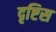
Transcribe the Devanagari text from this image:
दृष्टिस